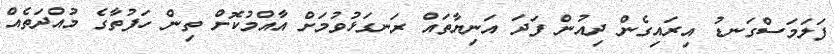
ފަލަމަސްގަނޑު އިރައިގެން ދިއުން ފަދަ އަނިޔާތައް ރަނގަޅުވުމަށް އާއްމުކޮށް ތިން ހަފުތާގެ މުއްދަތެއް